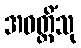
အဝတ္တိံသု